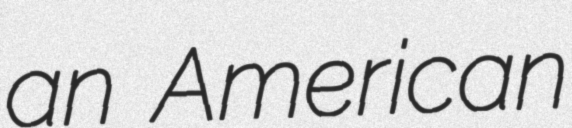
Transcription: an American